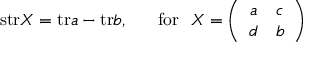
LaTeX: \mathrm { s t r } X = \mathrm { t r } a - \mathrm { t r } b , ~ ~ ~ ~ ~ \mathrm { f o r } ~ ~ X = \left( \begin{array} { c c } { { a } } & { { c } } \\ { { d } } & { { b } } \end{array} \right)